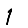
Digit: 1